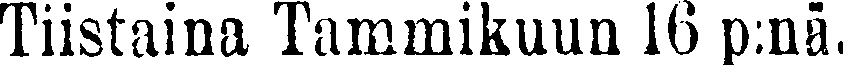
Tiistaina Tammikuun 16 p:nä